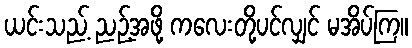
ယင်းသည့် ညဉ့်အဖို့ ကလေးတို့ပင်လျှင် မအိပ်ကြ။